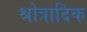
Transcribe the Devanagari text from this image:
श्रोत्रादिक